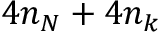
4 n _ { N } + 4 n _ { k }